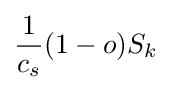
{\frac {1}{c_{s}}}(1-o)S_{k}